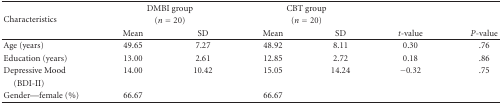
<table><thead><tr><td rowspan="3"><b>Characteristics</b></td><td colspan="2"><b>DMBI group </b></td><td colspan="2"><b>CBT group </b></td><td></td><td></td></tr><tr><td colspan="2"><b>(<i>n=20</i>)</b></td><td colspan="2"><b>(<i>n=20</i>)</b></td></tr><tr><td><b>Mean</b></td><td><b>SD</b></td><td><b>Mean</b></td><td><b>SD</b></td><td><b><i>t-</i>value</b></td><td><b><i>P</i>-value</b></td></tr></thead><tbody><tr><td>Age (years)</td><td>49.65</td><td>7.27</td><td>48.92</td><td>8.11</td><td>0.30</td><td>.76</td></tr><tr><td>Education (years)</td><td>13.00</td><td>2.61</td><td>12.85</td><td>2.72</td><td>0.18</td><td>.86</td></tr><tr><td>Depressive Mood</td><td>14.00</td><td>10.42</td><td>15.05</td><td>14.24</td><td>−0.32</td><td>.75</td></tr><tr><td> (BDI-II)</td><td></td><td></td><td></td><td></td><td></td><td></td></tr><tr><td>Gender—female (%)</td><td>66.67</td><td></td><td>66.67</td><td></td><td></td><td></td></tr></tbody></table>